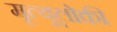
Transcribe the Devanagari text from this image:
मृत्यूलोकी